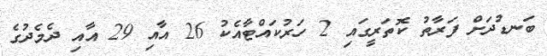
ބަނޑުދަށް ފަރާތު ކޮތަރީގައި 2 ހަރުކައްޓާއެކު 26 އާއި 29 އާއި ދެމެދުގެ